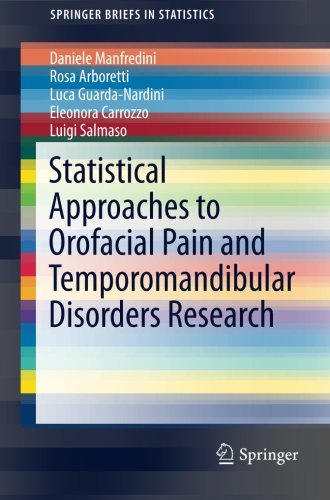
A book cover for Statistical Approaches to Orofacial Pain and Temporomandibular Disorders Research (SpringerBriefs in Statistics); Daniele Manfredini; Medical Books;